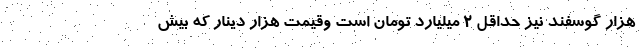
هزار گوسفند نيز حداقل ۲ ميليارد تومان است وقيمت هزار دينار که بيش